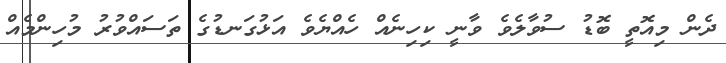
ދެން މިއޮތީ ބޮޑު ސުވާލެވެ ވާނީ ކިހިނެއް ހެއްޔެވެ އަޅުގަނޑުގެ ތަސައްވުރު މުހިންމެއް